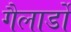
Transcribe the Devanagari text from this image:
गैलार्डो